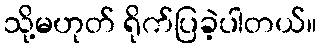
သို့မဟုတ် ရိုက်ပြခဲ့ပါတယ်။